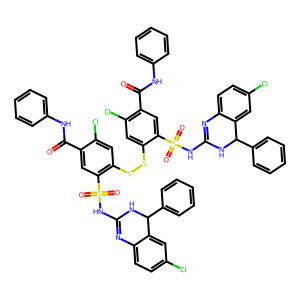
SMILES: O=C(Nc1ccccc1)c1cc(S(=O)(=O)NC2=Nc3ccc(Cl)cc3C(c3ccccc3)N2)c(SSc2cc(Cl)c(C(=O)Nc3ccccc3)cc2S(=O)(=O)NC2=Nc3ccc(Cl)cc3C(c3ccccc3)N2)cc1Cl
Inhibits HIV replication: No